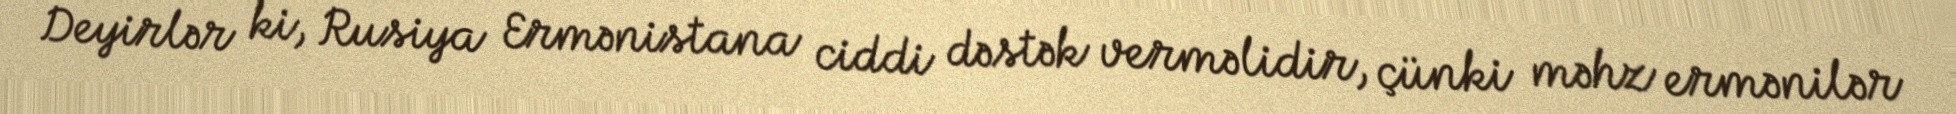
Deyirlər ki, Rusiya Ermənistana ciddi dəstək verməlidir, çünki məhz ermənilər